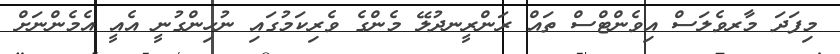
މިފަދަ މާރވެލަސް އިވެންޓްސް ތައް ރަންރީނދުލޭ މެންގެ ވެރިކަމުގައި ނުހިންގުނީ އެއީ އެމެންނަށް